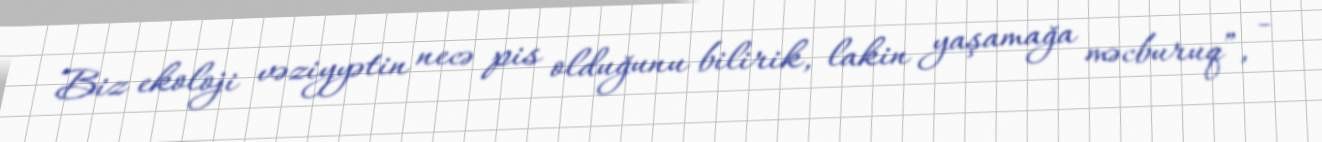
Biz ekoloji vəziyyətin necə pis olduğunu bilirik, lakin yaşamağa məcburuq”, -